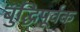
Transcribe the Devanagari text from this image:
बुद्धिपूर्वक